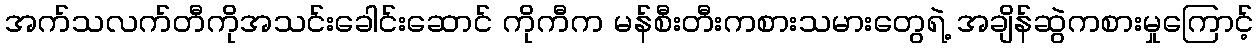
အက်သလက်တီကိုအသင်းခေါင်းဆောင် ကိုကီက မန်စီးတီးကစားသမားတွေရဲ့ အချိန်ဆွဲကစားမှုကြောင့်